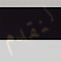
لنقدم